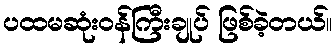
ပထမဆုံးဝန်ကြီးချုပ် ဖြစ်ခဲ့တယ်။